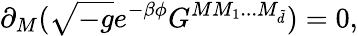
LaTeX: \partial_{M}(\sqrt{-g}e^{-\beta\phi}G^{MM_{1}...M_{{\tilde{d}}}})=0,